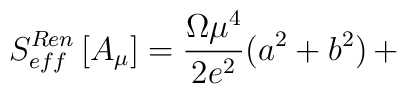
S_{eff}^{Ren}\left[A_{\mu}\right] =\frac{\Omega{\mu}^4}{2e^2}(a^2+b^2)\,+